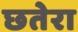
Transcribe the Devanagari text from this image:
छतेरा